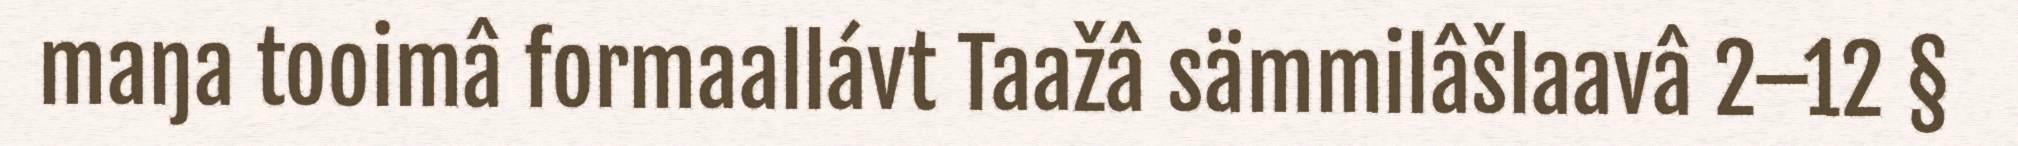
maŋa tooimâ formaallávt Taažâ sämmilâšlaavâ 2–12 §